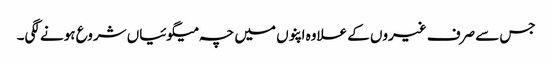
جس سے صرف غیروں کے علاوہ اپنوں میں چہ میگوئیاں شروع ہونے لگی۔